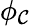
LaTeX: \phi_{\mathcal{C}}